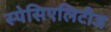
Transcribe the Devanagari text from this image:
स्पेसिएलिटीज